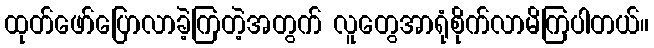
ထုတ်ဖော်ပြောလာခဲ့ကြတဲ့အတွက် လူတွေအာရုံစိုက်လာမိကြပါတယ်။